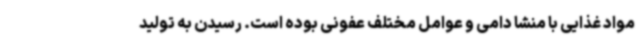
مواد غذایی با منشا دامی و عوامل مختلف عفونی بوده است. رسیدن به تولید